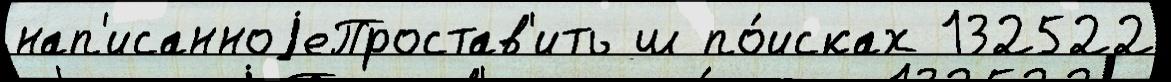
нап'исанноjеПростав'ить ш по́исках 132522